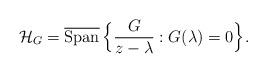
LaTeX: \begin{align*}\mathcal{H}_G = \overline{\rm Span}\, \Big\{\frac{G}{z-\lambda}: G(\lambda) = 0 \Big\}.\end{align*}